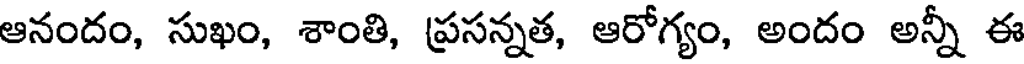
ఆనందం, సుఖం, శాంతి, ప్రసన్నత, ఆరోగ్యం, అందం అన్నీ ఈ